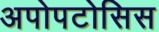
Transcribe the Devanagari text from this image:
अपोपटोसिस